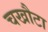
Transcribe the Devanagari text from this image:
चखौटा